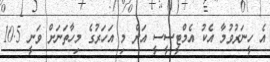
އެ ހީނަރުވުމާ އެކު އެމްޓީސީސީ އަށް މި އަހަރުގެ މިހާތަނަށް ވަނީ 10.5